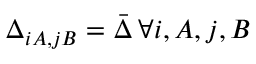
{ \Delta _ { i A , j B } = \bar { \Delta } \, \forall i , A , j , B }